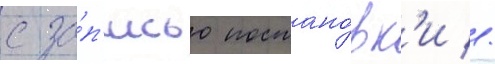
с за́п'исью постано́вк'и //